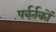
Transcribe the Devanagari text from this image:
पर्वर्तकों